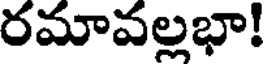
రమావల్లభా!